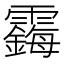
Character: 𱁧